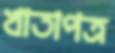
খাতাপত্র